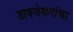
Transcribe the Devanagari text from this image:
डावजेकरांचा